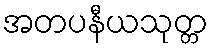
အတပနီယသုတ္တ